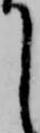
て